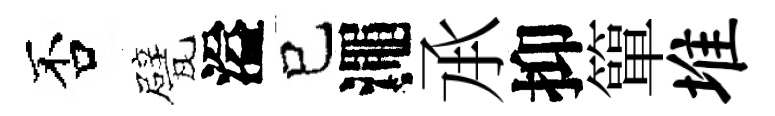
否甓溢已澠𠄘抑簞堆